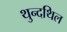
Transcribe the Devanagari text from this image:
थुन्दथिल